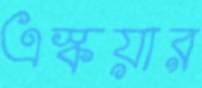
এস্কয়ার